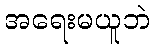
အရေးမယူဘဲ